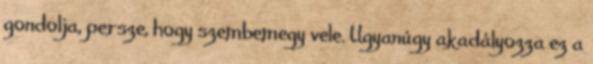
gondolja, persze, hogy szembemegy vele. Ugyanúgy akadályozza ez a